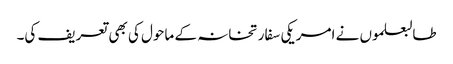
طالبعلموں نے امریکی سفارتخانہ کے ماحول کی بھی تعریف کی۔